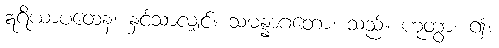
ဣရိယာပထေန၊ နှင့်သာလျှင်။ သမန္နာဂတော၊ သည်။ ဟုတွာ၊ ၍။